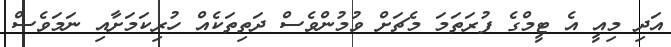
އަދި މިއީ އެ ޓީމްގެ ފުރަތަމަ މެޗަށް ވުމުންވެސް ދަތިތަކެއް ހުރިކަމަށާއި ނަމަވެސް